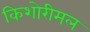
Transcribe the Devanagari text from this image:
किशोरीमल